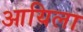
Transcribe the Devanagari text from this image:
आयिला